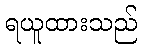
ရယူထားသည်